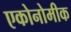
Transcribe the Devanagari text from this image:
एकोनोमीक